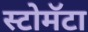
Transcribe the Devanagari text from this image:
स्टोमॅटा